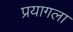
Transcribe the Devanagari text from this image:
प्रयागला